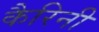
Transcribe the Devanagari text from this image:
कैरिनी